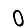
Digit: 0